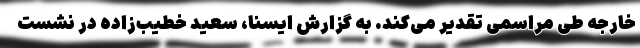
خارجه طی مراسمی تقدیر می‌کند. به گزارش ایسنا، سعید خطیب‌زاده در نشست